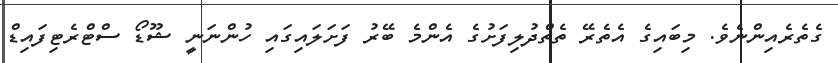
ގެތެރެއިންނެވެ. މިބައިގެ އެތެރޭ ތެތްދުލިފަށުގެ އެންމެ ބޭރު ފަށަލައިގައި ހުންނަނީ ޝޫޑޯ ސްޓްރެޓިފައިޑް